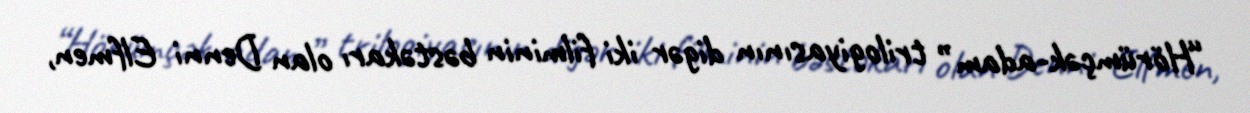
“Hörümçək-adam” trilogiyasının digər iki filminin bəstəkarı olan Denni Elfmen,